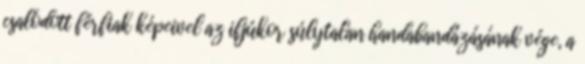
csalódott férfiak képeivel az ifjúkor súlytalan handabandázásának vége, a